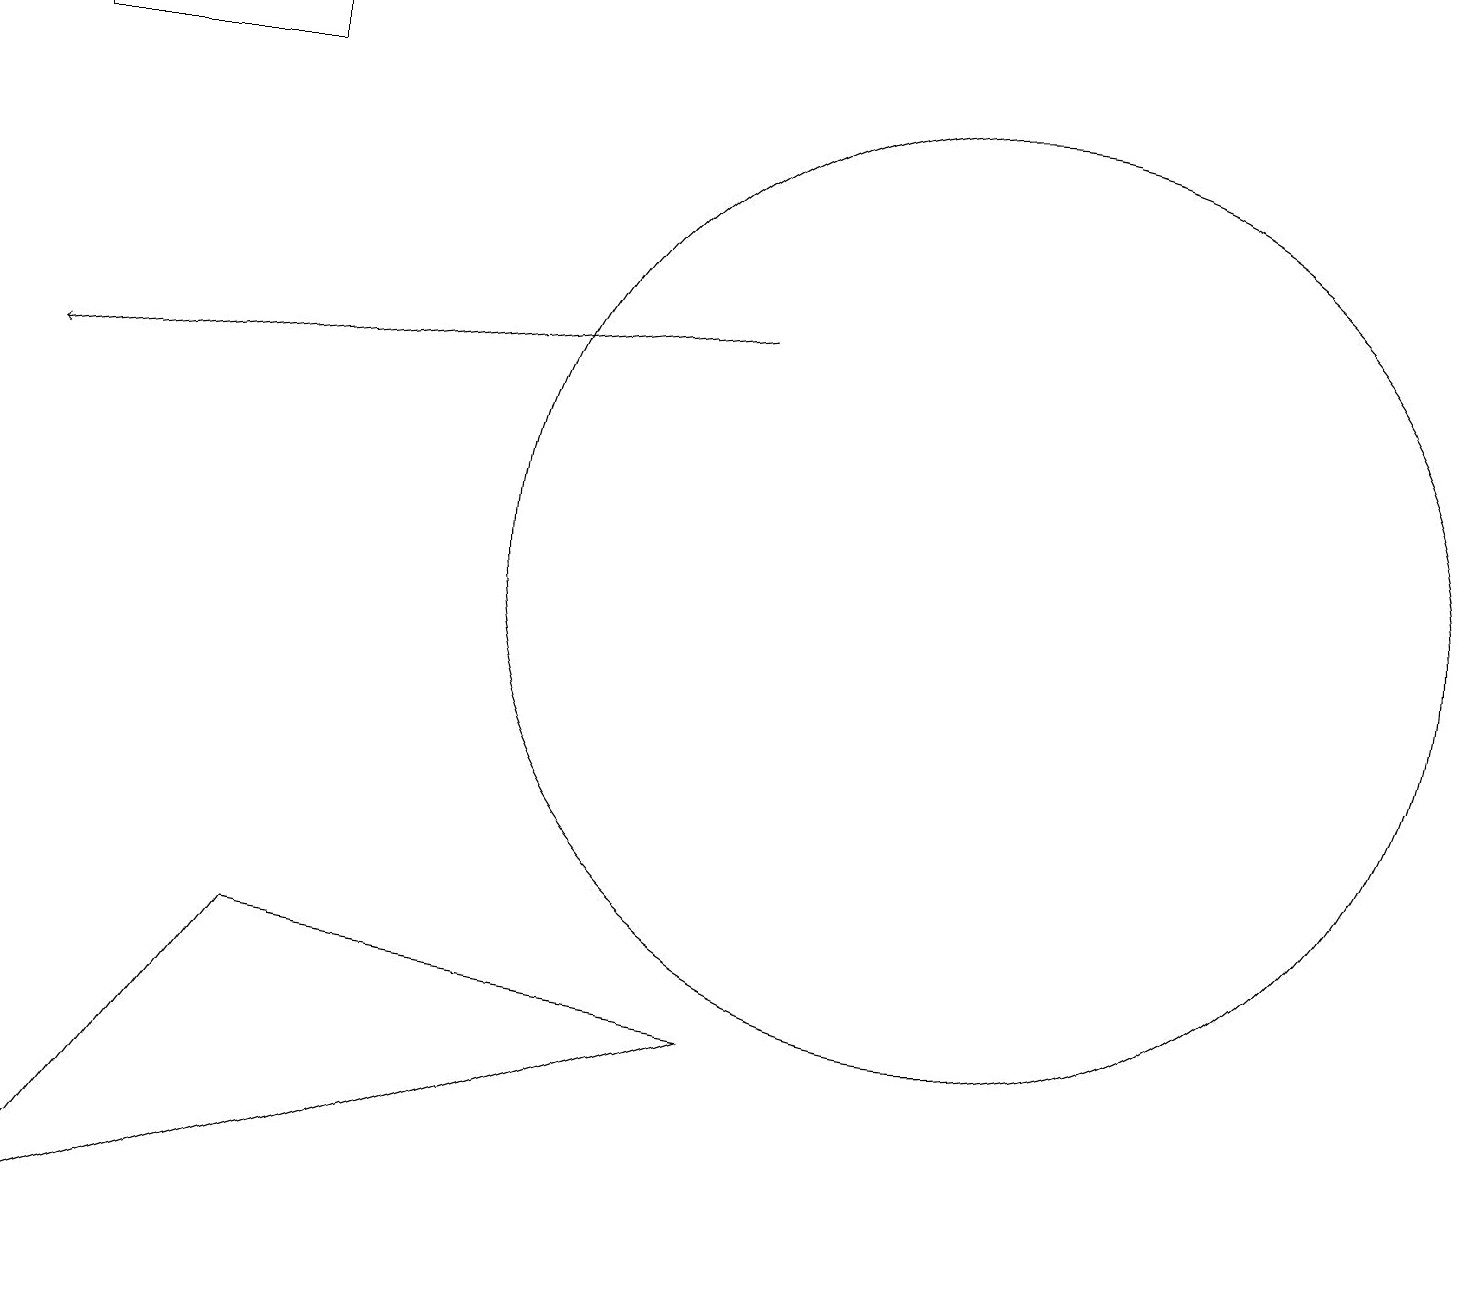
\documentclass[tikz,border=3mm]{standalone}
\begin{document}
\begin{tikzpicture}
\draw (11,10) circle (0);
\draw (0,16) rectangle (3,17);
\draw[->] (9,13) -- (0,12);
\draw (12,10) circle (6);
\draw (0,1) -- (9,4) -- (3,5) -- cycle;
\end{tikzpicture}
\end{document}